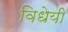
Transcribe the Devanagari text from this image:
विधेयी